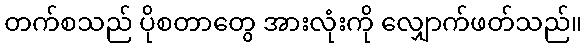
တက်စသည် ပိုစတာတွေ အားလုံးကို လျှောက်ဖတ်သည်။